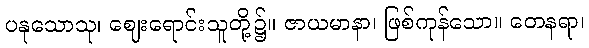
ပနုသောသု၊ ဈေးရောင်းသူတို့၌။ ဇာယမာနာ၊ ဖြစ်ကုန်သော။ တေနရာ၊